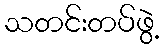
သတင်းတပ်ဖွဲ့